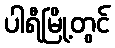
ပါရီမြို့တွင်